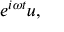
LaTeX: e ^ { i \omega t } u ,